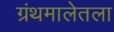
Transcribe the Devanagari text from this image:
ग्रंथमालेतला